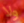
ولا